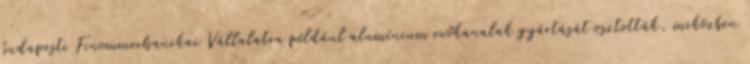
budapesti Finommechanikai Vállalatra például alumínium evőkanalak gyártását osztották, miközben